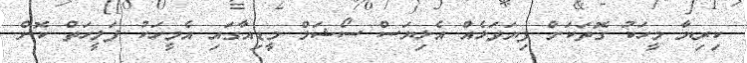
ކިރިޔާ މީހަކު ގޮތަކަށް ފިޔަވަޅެއް އެޅިޔަސް ސޯޝަލް މީޑިއާގައި އެމީހަކު ފަލީހަތް ކޮށް